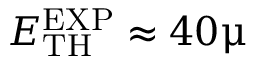
E _ { \mathrm { T H } } ^ { \mathrm { E X P } } \approx 4 0 \upmu